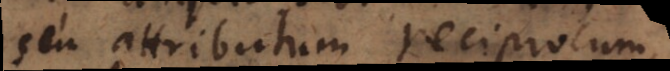
seu attributum reciprocum,